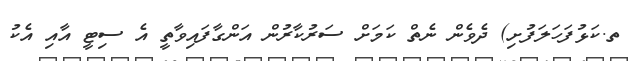
ތ.ކަޅުފަހަލަފުށި) ދެވެން ނެތް ކަމަށް ސަރުކާރުން އަންގާފައިވާތީ އެ ސިޓީ އާއި އެކު